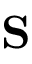
\mathbf { S }